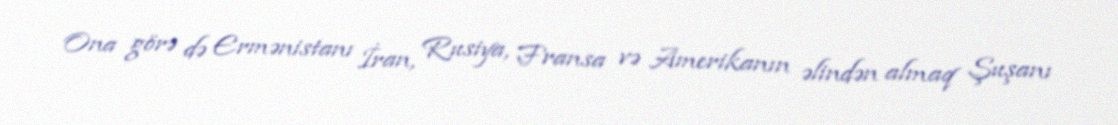
Ona görə də Ermənistanı İran, Rusiya, Fransa və Amerikanın əlindən almaq Şuşanı